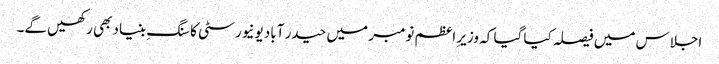
اجلاس میں فیصلہ کیا گیا کہ وزیرِ اعظم نومبر میں حیدر آباد یونیورسٹی کا سنگِ بنیاد بھی رکھیں گے۔